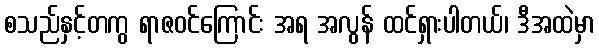
စသည်နှင့်တကွ ရာဇဝင်ကြောင်း အရ အလွန် ထင်ရှားပါတယ်၊ ဒီအထဲမှာ